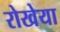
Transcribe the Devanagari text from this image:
रोखेया